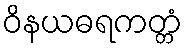
ဝိနယဓရကတ္တံ